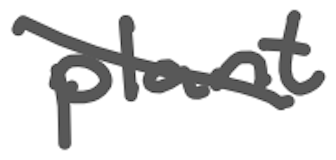
Text: plant
Cross-out: diagonal
Writing tool: digital_gray